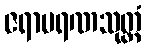
ဇရာမရဏသုတ္တံ